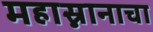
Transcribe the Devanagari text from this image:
महास्नानाचा